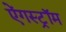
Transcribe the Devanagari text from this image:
ऐंगस्ट्रॉम